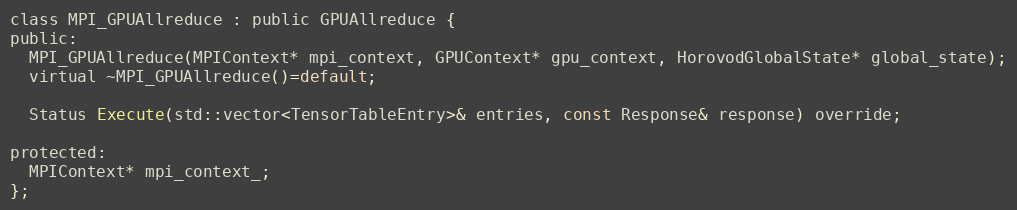
Language: C
class MPI_GPUAllreduce : public GPUAllreduce {
public:
  MPI_GPUAllreduce(MPIContext* mpi_context, GPUContext* gpu_context, HorovodGlobalState* global_state);
  virtual ~MPI_GPUAllreduce()=default;

  Status Execute(std::vector<TensorTableEntry>& entries, const Response& response) override;

protected:
  MPIContext* mpi_context_;
};